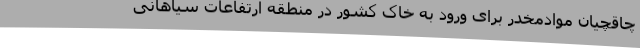
چاقچیان موادمخدر برای ورود به خاک کشور در منطقه ارتفاعات سیاهانی